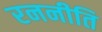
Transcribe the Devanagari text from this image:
रननीति